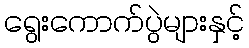
ရွေးကောက်ပွဲများနှင့်